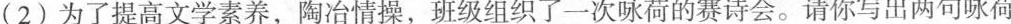
(2)为了提高文学素养，陶冶情操，班级组织了一次咏荷的赛诗会。请你写出两句咏荷